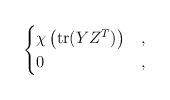
LaTeX: \begin{align*}\begin{cases}\chi\left( \mathrm{tr}(YZ^T) \right) & , \\0 & ,\end{cases}\end{align*}